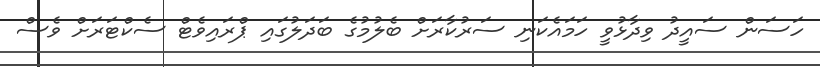
ހަސަން ސައީދު ވިދާޅުވީ ހަމައެކަނި ސަރުކާރަށް ބެލުމުގެ ބަދަލުގައި ޕްރައިވެޓް ސެކްޓަރަށް ވެސް